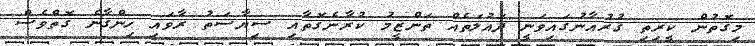
މިގޮތުން ކީރިތި ޤުރުއާނުގައިވަނީ ދައުލަތެއް ތަންޒީމު ކުރާނެގޮތާއި ސިޔާސަތު ރާވައި ހިންގާނެ ގޮތްވެސް